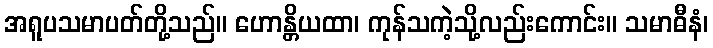
အရူပသမာပတ်တို့သည်။ ဟောန္တိယထာ၊ ကုန်သကဲ့သို့လည်းကောင်း။ သမာဓီနံ၊